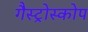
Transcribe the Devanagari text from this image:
गैस्ट्रोस्कोप